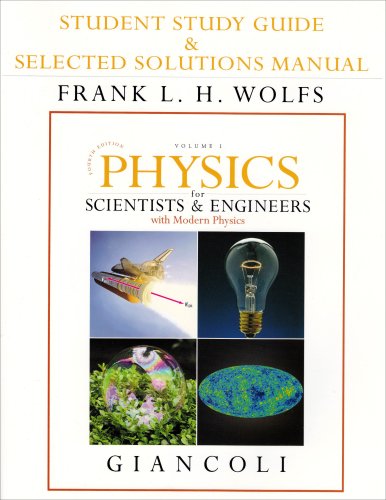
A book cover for Student Study Guide and Selected Solutions Manual for Scientists & Engineers with Modern Physics, Vol. 1; Douglas C. Giancoli; Science & Math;